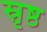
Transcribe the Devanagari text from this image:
स्रृष्ठ